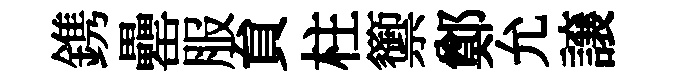
鎸罍服貟柱籞鄭允譲